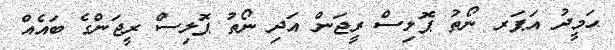
ޙަމީދު އަޕަރ ނޯތު ޕޮލިސް ރީޖަން އަދި ނޯތު ޕޮލިސް ރީޖަންގެ ބައެއް